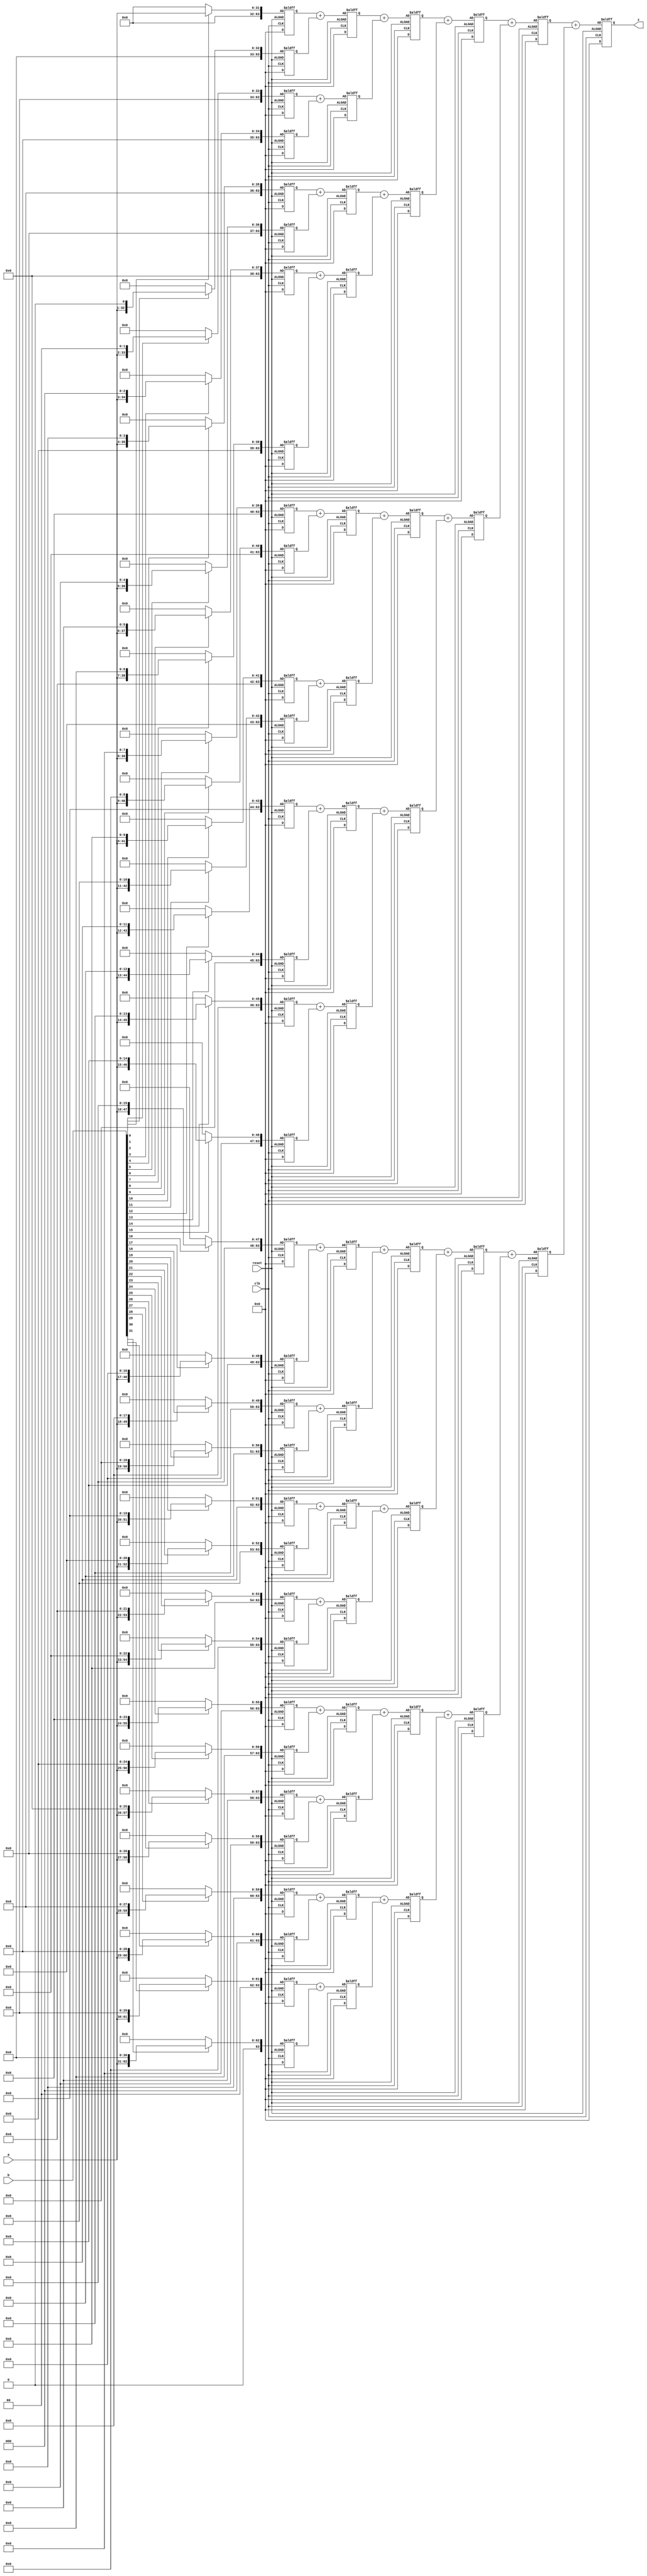
`timescale 1ns / 1ps
//////////////////////////////////////////////////////////////////////////////////
// Company: 
// Engineer: 
// 
// Design Name: 
// Module Name: MULTU
// Project Name: 
// Target Devices: 
// Tool Versions: 
// Description: 
// 
// Dependencies: 
// 
// Revision:
// Revision 0.01 - File Created
// Additional Comments:
// 
//////////////////////////////////////////////////////////////////////////////////


module MULTU(
    input clk,
    input reset,
    input [31:0] a,
    input [31:0] b,
    output [63:0] z
    );
// 
    reg [63:0] temp;
//32    
    reg [63:0] stored0;
    reg [63:0] stored1;
    reg [63:0] stored2;
    reg [63:0] stored3;
    reg [63:0] stored4;
    reg [63:0] stored5;
    reg [63:0] stored6;
    reg [63:0] stored7;
    reg [63:0] stored8;
    reg [63:0] stored9;
    reg [63:0] stored10;
    reg [63:0] stored11;
    reg [63:0] stored12;
    reg [63:0] stored13;
    reg [63:0] stored14;
    reg [63:0] stored15;   
    reg [63:0] stored16;
    reg [63:0] stored17;
    reg [63:0] stored18;
    reg [63:0] stored19;
    reg [63:0] stored20;
    reg [63:0] stored21;
    reg [63:0] stored22;
    reg [63:0] stored23;
    reg [63:0] stored24;
    reg [63:0] stored25;
    reg [63:0] stored26;
    reg [63:0] stored27;
    reg [63:0] stored28;
    reg [63:0] stored29;
    reg [63:0] stored30;
    reg [63:0] stored31;   
//          
    reg [63:0] add0_1;
    reg [63:0] add2_3;
    reg [63:0] add4_5;
    reg [63:0] add6_7;
    reg [63:0] add8_9;
    reg [63:0] add10_11;
    reg [63:0] add12_13;
    reg [63:0] add14_15;
    reg [63:0] add16_17;
    reg [63:0] add18_19;
    reg [63:0] add20_21;
    reg [63:0] add22_23;
    reg [63:0] add24_25;
    reg [63:0] add26_27;
    reg [63:0] add28_29;
    reg [63:0] add30_31;    
// 
    reg [63:0] add0t1_2t3;
    reg [63:0] add4t5_6t7;
    reg [63:0] add8t9_10t11;
    reg [63:0] add12t13_14t15;
    reg [63:0] add16t17_18t19;
    reg [63:0] add20t21_22t23;
    reg [63:0] add24t25_26t27;
    reg [63:0] add28t29_30t31;
//
    reg [63:0] add0123_4567;
    reg [63:0] add891011_12131415;
    reg [63:0] add16171819_20212223;
    reg [63:0] add24252627_28293031;   
//
    reg [63:0] addP1;
    reg [63:0] addP2;

always @(posedge clk or negedge reset)
begin
// reset 
if(reset) begin
temp <= 0;
stored0 <= 0;
stored1 <= 0;
stored2 <= 0;
stored3 <= 0;
stored4 <= 0;
stored5 <= 0;
stored6 <= 0;
stored7 <= 0;
stored8 <= 0;
stored9 <= 0;
stored10 <= 0;
stored11 <= 0;
stored12 <= 0;
stored13 <= 0;
stored14 <= 0;
stored15 <= 0;
stored16 <= 0;
stored17 <= 0;
stored18 <= 0;
stored19 <= 0;
stored20 <= 0;
stored21 <= 0;
stored22 <= 0;
stored23 <= 0;
stored24 <= 0;
stored25 <= 0;
stored26 <= 0;
stored27 <= 0;
stored28 <= 0;
stored29 <= 0;
stored30 <= 0;
stored31 <= 0;
//
add0_1 <= 0;
add2_3 <= 0;
add4_5 <= 0;
add6_7 <= 0;
add8_9 <= 0;
add10_11 <= 0;
add12_13 <= 0;
add14_15 <= 0;
add16_17 <= 0;
add18_19 <= 0;
add20_21 <= 0;
add22_23 <= 0;
add24_25 <= 0;
add26_27 <= 0;
add28_29 <= 0;
add30_31 <= 0;

add0t1_2t3 <= 0;
add4t5_6t7 <= 0;
add8t9_10t11 <= 0;
add12t13_14t15 <= 0;
add16t17_18t19 <= 0;
add20t21_22t23 <= 0;
add24t25_26t27 <= 0;
add28t29_30t31 <= 0;

add0123_4567 <= 0;
add891011_12131415 <= 0;
add16171819_20212223 <= 0;
add24252627_28293031 <= 0;

addP1 <= 0;
addP2 <= 0;
end
else begin
//
stored0 <= b[0]? {32'b0, a} : 64'b0;
stored1 <= b[1]? {31'b0, a, 1'b0} :64'b0;
stored2 <= b[2]? {30'b0, a, 2'b0} :64'b0;
stored3 <= b[3]? {29'b0, a, 3'b0} :64'b0;
stored4 <= b[4]? {28'b0, a, 4'b0} :64'b0;
stored5 <= b[5]? {27'b0, a, 5'b0} :64'b0;
stored6 <= b[6]? {26'b0, a, 6'b0} :64'b0;
stored7 <= b[7]? {25'b0, a, 7'b0} :64'b0;
stored8 <= b[8]? {24'b0, a, 8'b0} :64'b0;
stored9 <= b[9]? {23'b0, a, 9'b0} :64'b0;
stored10 <= b[10]? {22'b0, a, 10'b0} :64'b0;
stored11 <= b[11]? {21'b0, a, 11'b0} :64'b0;
stored12 <= b[12]? {20'b0, a, 12'b0} :64'b0;
stored13 <= b[13]? {19'b0, a, 13'b0} :64'b0;
stored14 <= b[14]? {18'b0, a, 14'b0} :64'b0;
stored15 <= b[15]? {17'b0, a, 15'b0} :64'b0;
stored16 <= b[16]? {16'b0, a, 16'b0} :64'b0;
stored17 <= b[17]? {15'b0, a, 17'b0} :64'b0;
stored18 <= b[18]? {14'b0, a, 18'b0} :64'b0;
stored19 <= b[19]? {13'b0, a, 19'b0} :64'b0;
stored20 <= b[20]? {12'b0, a, 20'b0} :64'b0;
stored21 <= b[21]? {11'b0, a, 21'b0} :64'b0;
stored22 <= b[22]? {10'b0, a, 22'b0} :64'b0;
stored23 <= b[23]? {9'b0, a, 23'b0} :64'b0;
stored24 <= b[24]? {8'b0, a, 24'b0} :64'b0;
stored25 <= b[25]? {7'b0, a, 25'b0} :64'b0;
stored26 <= b[26]? {6'b0, a, 26'b0} :64'b0;
stored27 <= b[27]? {5'b0, a, 27'b0} :64'b0;
stored28 <= b[28]? {4'b0, a, 28'b0} :64'b0;
stored29 <= b[29]? {3'b0, a, 29'b0} :64'b0;
stored30 <= b[30]? {2'b0, a, 30'b0} :64'b0;
stored31 <= b[31]? {1'b0, a, 31'b0} :64'b0;
//
add0_1 <= stored0 + stored1;
add2_3 <= stored2 + stored3;
add4_5 <= stored4 + stored5;
add6_7 <= stored6 + stored7;
add8_9 <= stored8 + stored9;
add10_11 <= stored10 + stored11;
add12_13 <= stored12 + stored13;
add14_15 <= stored14 + stored15;
add16_17 <= stored16 + stored17;
add18_19 <= stored18 + stored19;
add20_21 <= stored20 + stored21;
add22_23 <= stored22 + stored23;
add24_25 <= stored24 + stored25;
add26_27 <= stored26 + stored27;
add28_29 <= stored28 + stored29;
add30_31 <= stored30 + stored31;
//
add0t1_2t3 <= add0_1 + add2_3;
add4t5_6t7 <= add4_5 + add6_7;
add8t9_10t11 <= add8_9 + add10_11;
add12t13_14t15 <= add12_13 + add14_15;
add16t17_18t19 <= add16_17 + add18_19;
add20t21_22t23 <= add20_21 + add22_23;
add24t25_26t27 <= add24_25 + add26_27;
add28t29_30t31 <= add28_29 + add30_31;
//
add0123_4567 <= add0t1_2t3 + add4t5_6t7;
add891011_12131415 <= add8t9_10t11 + add12t13_14t15;
add16171819_20212223 <= add16t17_18t19 + add20t21_22t23;
add24252627_28293031 <= add24t25_26t27 + add28t29_30t31;
//
addP1 <= add0123_4567 + add891011_12131415;
addP2 <= add16171819_20212223 + add24252627_28293031;

temp <=  addP1 + addP2;
end
end
assign z = temp;
endmodule